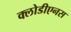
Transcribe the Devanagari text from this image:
क्लोडीएनस